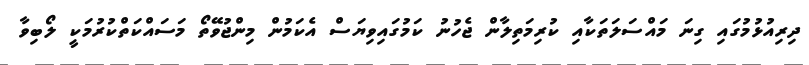
ދިރިއުޅުމުގައި ގިނަ މައްސަލަތަކާއި ކުރިމަތިލާން ޖެހުނު ކަމުގައިވިޔަސް އެކަމުން މިންޖުވޭތޯ މަސައްކަތްކުރުމަކީ ލޯބިވާ